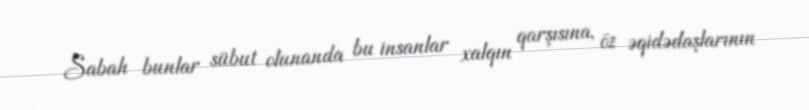
Sabah bunlar sübut olunanda bu insanlar xalqın qarşısına, öz əqidədaşlarının